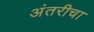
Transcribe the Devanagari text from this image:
अंतरीचा